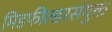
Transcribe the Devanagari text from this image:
मिडफील्डरसंयुक्त